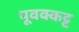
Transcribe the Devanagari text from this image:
पूवक्कट्ट